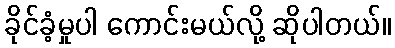
ခိုင်ခံ့မှုပါ ကောင်းမယ်လို့ ဆိုပါတယ်။